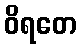
ဝိရတေ